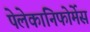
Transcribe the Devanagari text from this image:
पेलेकानिफोर्मेस